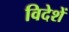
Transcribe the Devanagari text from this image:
विदेशें